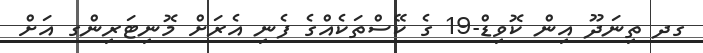
ގދ ތިނަދޫ އިން ކޮވިޑް-19 ގެ ކޭސްތަކެއްގެ ފެނި އެރަށް މޮނިޓަރިންގ އަށް